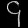
Digit: ၄